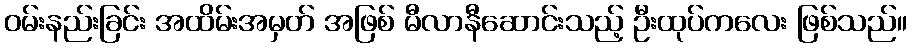
ဝမ်းနည်းခြင်း အထိမ်းအမှတ် အဖြစ် မီလာနီဆောင်းသည့် ဦးထုပ်ကလေး ဖြစ်သည်။